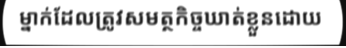
ម្នាក់ដែលត្រូវសមត្ថកិច្ចឃាត់ខ្លួនដោយ